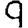
Digit: 9